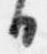
日